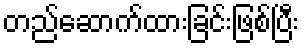
တည်ဆောက်ထားခြင်းဖြစ်ပြီး